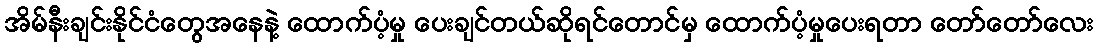
အိမ်နီးချင်းနိုင်ငံတွေအနေနဲ့ ထောက်ပံ့မှု ပေးချင်တယ်ဆိုရင်တောင်မှ ထောက်ပံ့မှုပေးရတာ တော်တော်လေး